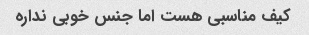
کیف مناسبی هست اما جنس خوبی نداره